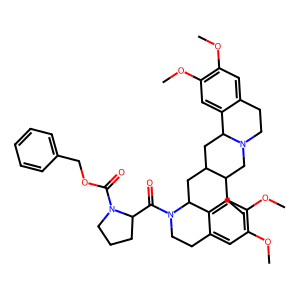
SMILES: CCC1CN2CCc3cc(OC)c(OC)cc3C2CC1CC1c2cc(OC)c(OC)cc2CCN1C(=O)C1CCCN1C(=O)OCc1ccccc1
Inhibits HIV replication: No